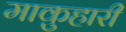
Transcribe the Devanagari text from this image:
माकुहारी